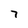
Character: 7